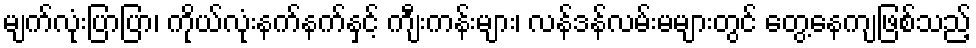
မျက်လုံးပြာပြာ၊ ကိုယ်လုံးနက်နက်နှင့် ကျီးကန်းများ၊ လန်ဒန်လမ်းမများတွင် တွေ့နေကျဖြစ်သည့်